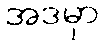
အဒမှာ